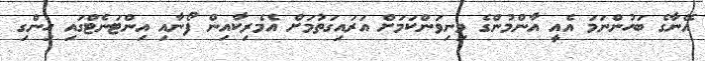
އޭނާގެ ބަހުންނަމަ އެއީ އާންމުންގެ މިނިވަންކަމަށް އަރައިގަތުމަށް އެމެރިކާއިން ފޯނާއި އިންޓަނެޓްގައި ހިންގި